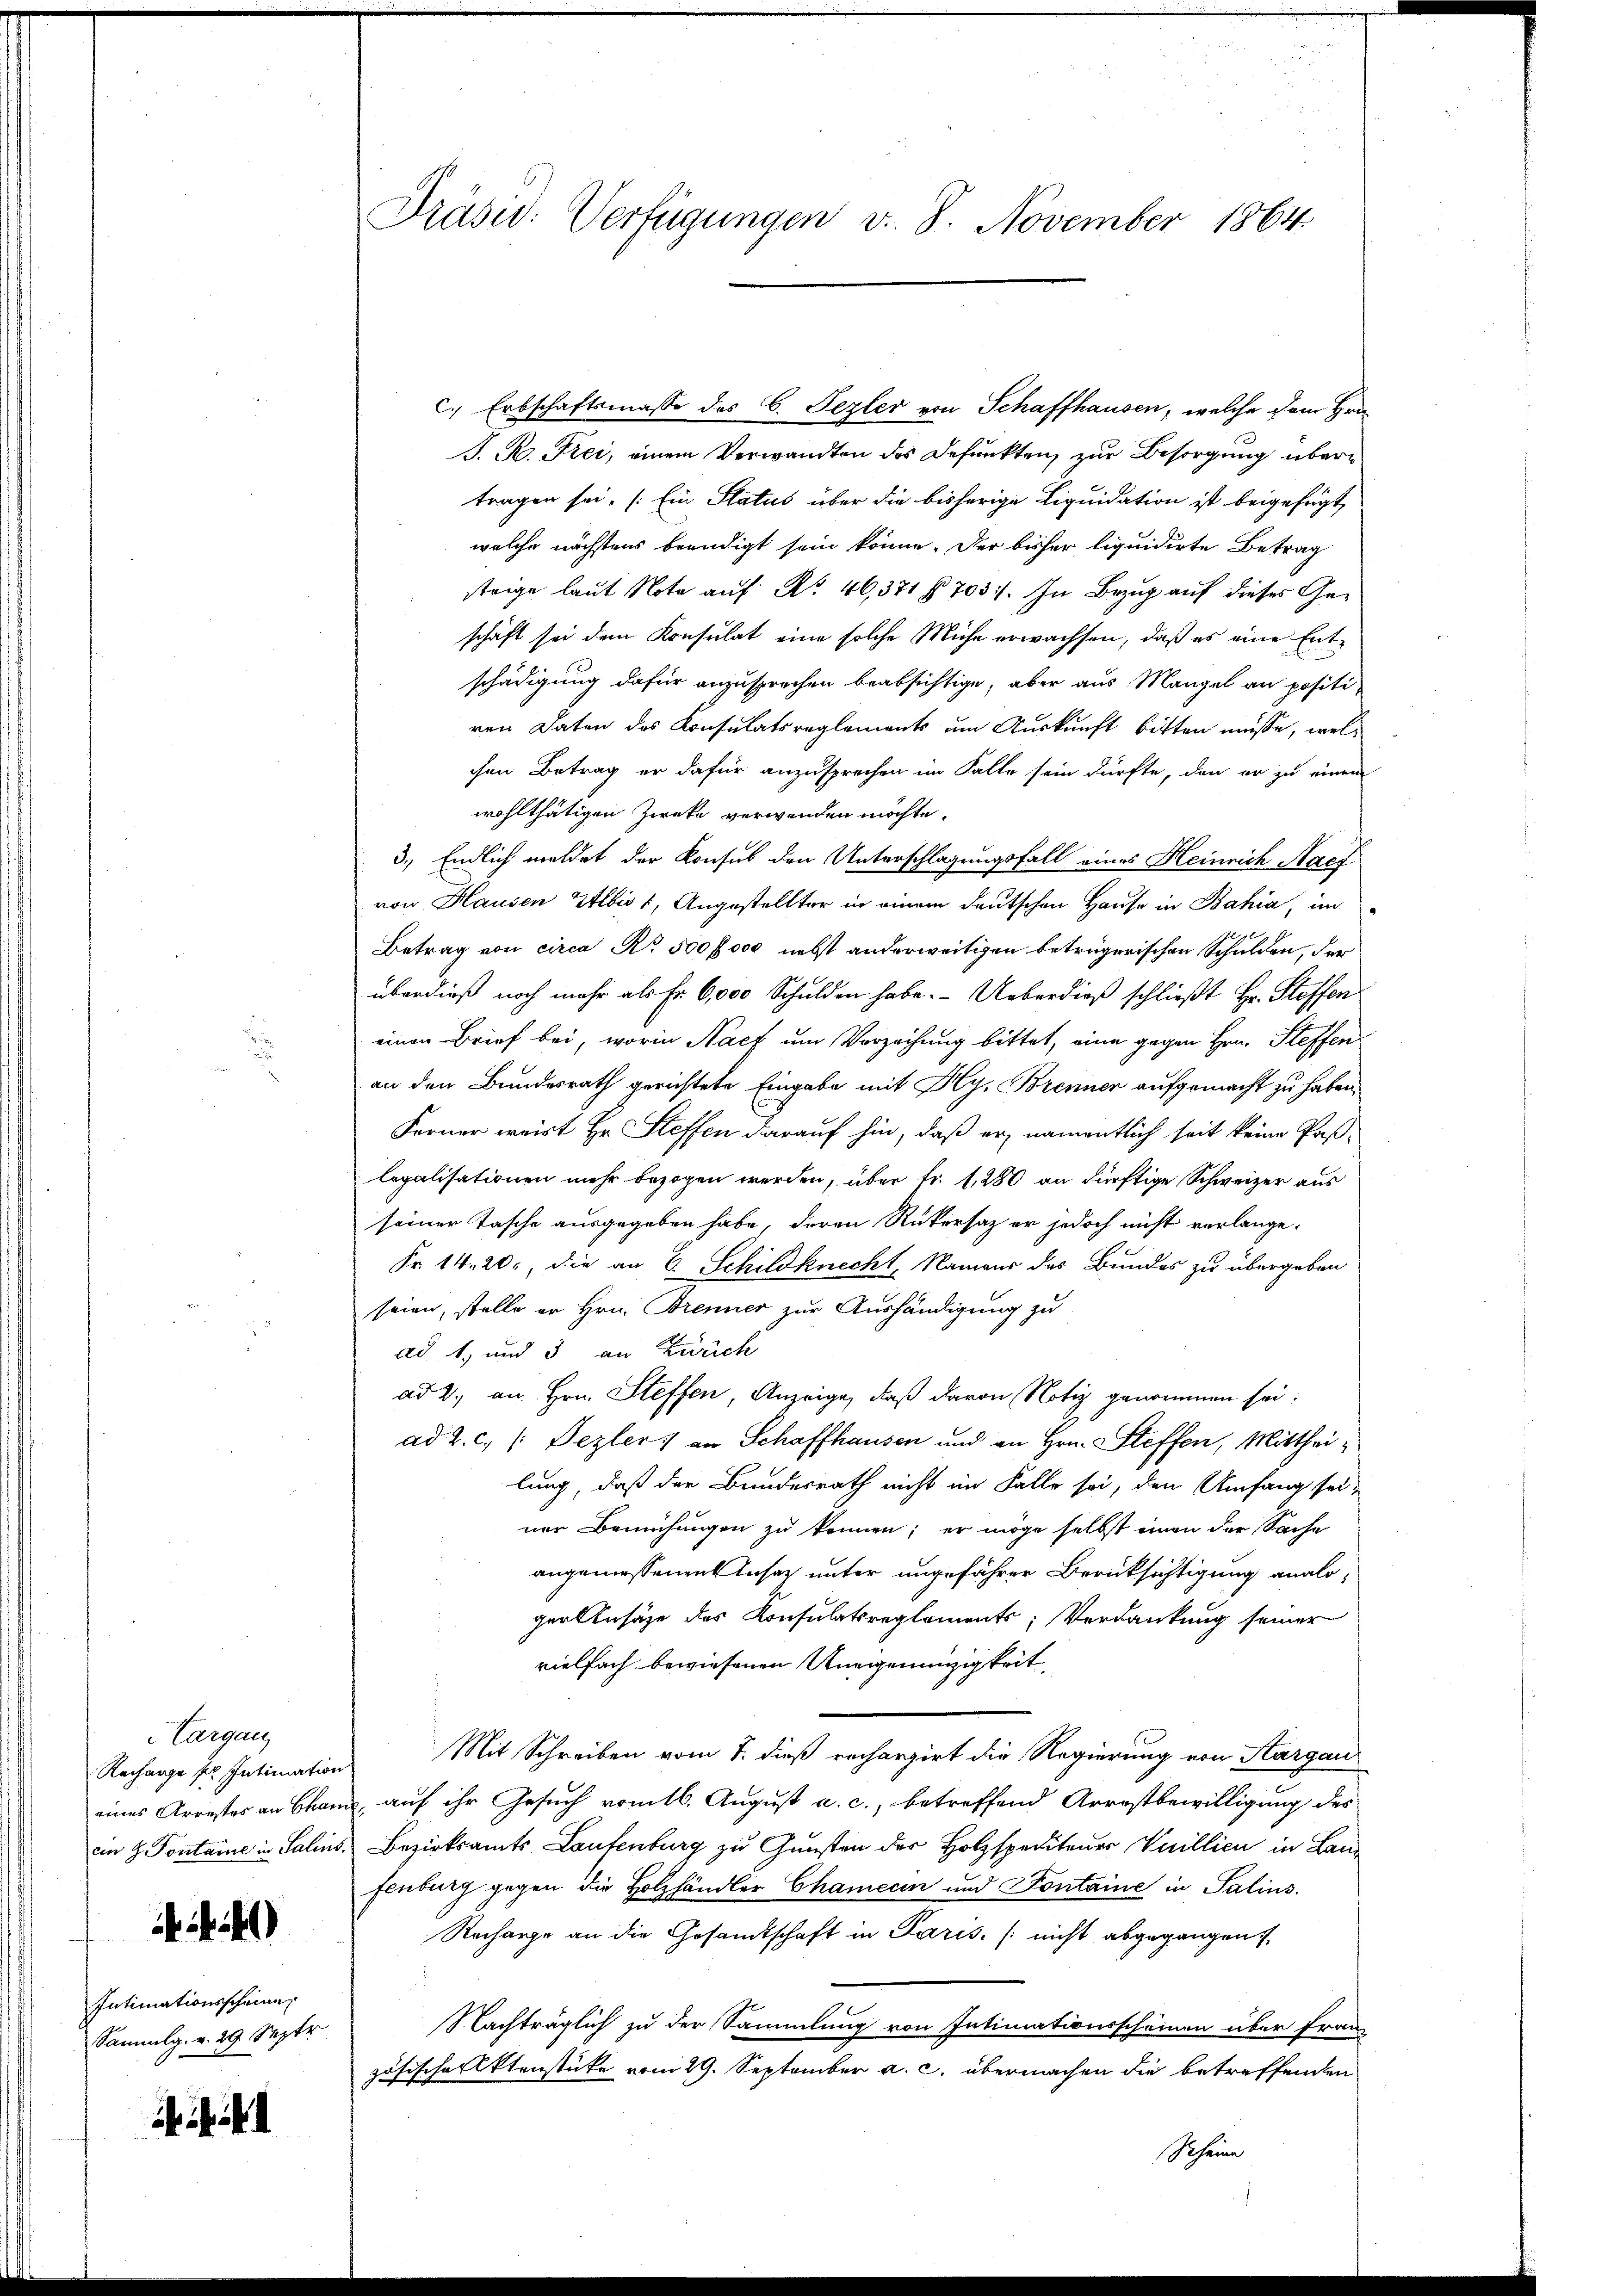
Vargang
4)
Intimationsscheinen
Sammlg. v. 29 Septr

Präsid. Verfügungen v. 8. November 1864

c.) Erbschaftsmasse des C. Pezler von Schaffhausen, welche dem Hrn
J. R. Frei, einem Verwandten des Defunkten zur Besorgung übertragen sei. (Ein Status über die bisherige Liquidation ist beigefügt,
welche nächstens beendigt sein könne. Der bisher liquidirte Betrag
strige laut Note auf No 46,371 § 703. In Bezug auf dieses Geschäft sei dem Konsulat eine solche Mühe erwachsen, daß es eine Entschädigung dafür anzusprechen beabsichtige, aber aus Mangel an positiren Daten des Konsulatsreglements um Auskunft bitten müsse, welchen Betrag er dafür anzusprechen im Falle sein dürfte, den er zu einen
wohlthätigen Zwecke verwenden möchte.
5., Endlich meldet der Konsul den Unterschlagungsfall eines Heinrich Nach
von Hausen Albis 1, Angestellter in einem deutschen Hause in Bahia, im
Betrag von circa No. 500 f 000 nebst anderweitigen beträgerischen Schulden, der
überdieß noch mehr als Fr. 6,000 Schulden habe. Ueberdieß schließt Hr. Steffen
einen Brief bei, worin Nach um Verzeihung bittet, eine gegen Hrn. Steffenan den Bundesrath gerichtete Eingabe mit Hy. Brenner aufgemacht zu haben.
Ferner weist Hr. Steffen darauf hin, daß er namentlich seit keine Paßlegalisationen mehr bezogen werden, über fr. f. 280 an dürftige Schweizer aus
seiner Tasche ausgegeben habe, deren Rükersaz er jedoch nicht vorlange.
Fr. 14. 20. die an C. Schildknecht, Namens des Bundes zu übergeben
seien, stelle er Hrn. Brenner zur Aushändigung zu
ad 1., und 3 an Zürich
ad 2., an Hrn. Steffen, Anzeige, daß davon Notiz genommen sei.
ad 2. c. /: Dezler an Schaffhausen und an Hrn. Steffen, Mittheilung, daß der Bundesrath nicht im Falle sei, den Umfang sei-
ner Bemühungen zu können; er möge selbst einen der Sache
angemessenen Insaz unter ungefähren Berücksichtigung analo
gerlnsähe des Konsulatsreglements; Verdankung seiner
vielfach bewiesenen Uneigenunzigkeit,
Rechange ses Intimations Mit Schreiben vom 7. dieß rechargirt die Regierung von Sargau
eines Arrestes an Cham, auf ihr Gesuch romtl. August a. c., betreffend Arrestbewilligung des
en 8. Pontaine in Salins Bezirksamts Lautenburg zu Gunsten der Holzspeditener Vicillici in Lanfenburg gegen die Holzhändler Chamecin und Fontaine in Salins.
Recharge an die Gesamtschaft in Paris, (nicht abgegangen
Nachträglich zu der Sammlung von Intimationsscheinen über Franz
zösische Aktenstüke vom 29. September a. c. übermachen die betreffenden
Scheine